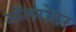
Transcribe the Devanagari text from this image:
ऑलरोडर